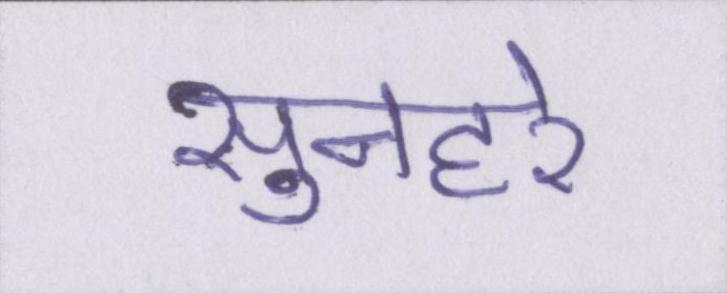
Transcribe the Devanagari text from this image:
सुनहरे